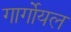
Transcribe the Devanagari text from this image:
गार्गोयल